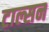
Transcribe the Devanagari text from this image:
टाल्सन